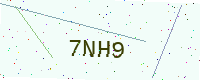
Text: 7NH9